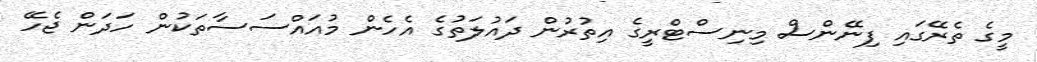
މީގެ ތެރޭގައި ފިނޭންސް މިނިސްޓްރީގެ އިތުރުން ދައުލަތުގެ އެހެން މުއައްސަސާތަކުން ހަދަން ޖެހޭ